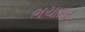
ભચાદર